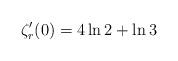
LaTeX: \begin{align*}\zeta_r^{\prime}(0) = 4 \ln 2 + \ln 3\end{align*}